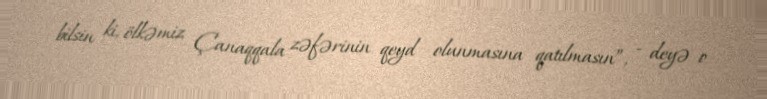
bilsin ki, ölkəmiz Çanaqqala zəfərinin qeyd olunmasına qatılmasın”, - deyə o